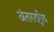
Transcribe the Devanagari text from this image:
अंतररष्ट्रीय